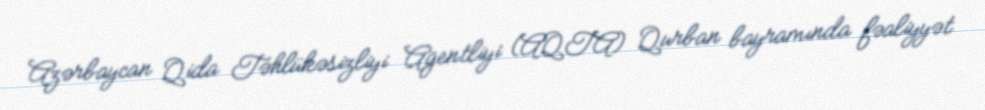
Azərbaycan Qida Təhlükəsizliyi Agentliyi (AQTA) Qurban bayramında fəaliyyət